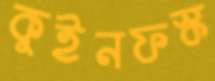
কুইনফস্ক